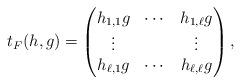
LaTeX: \begin{align*}t_F(h,g)= \begin{pmatrix}h_{1,1}g&\cdots&h_{1,\ell}g\\\vdots&&\vdots\\h_{\ell,1}g&\cdots&h_{\ell,\ell}g\end{pmatrix},\end{align*}